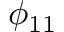
\phi _ { 1 1 }